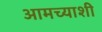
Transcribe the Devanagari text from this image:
आमच्याशी